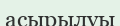
асырылуы